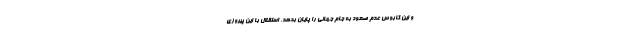
و این کابوس عدم صعود به جام جهانی را پایان بدهد. استقلال با این پیروزی